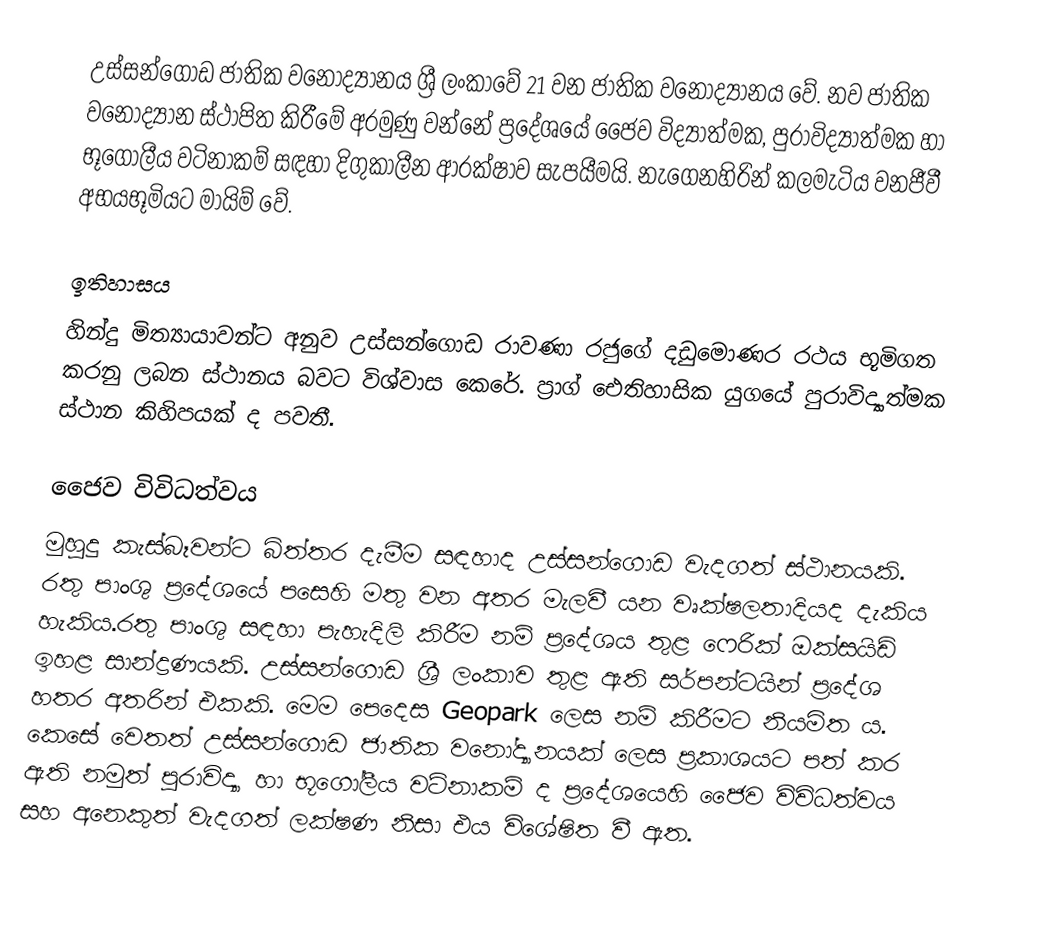
උස්සන්ගොඩ ජාතික වනෝද්‍යානය ශ්‍රී ලංකාවේ 21 වන ජාතික වනෝද්‍යානය වේ. නව ජාතික වනෝද්‍යාන ස්ථාපිත කිරීමේ අරමුණු වන්නේ ප්‍රදේශයේ ජෛව විද්‍යාත්මක, පුරාවිද්‍යාත්මක හා භූගෝලීය වටිනාකම් සඳහා දිගුකාලීන ආරක්ෂාව සැපයීමයි. නැගෙනහිරින් කලමැටිය වනජීවී අභයභූමියට මායිම් වේ.

ඉතිහාසය
හින්දු මිත්‍යායාවන්ට අනුව උස්සන්ගොඩ රාවණා රජුගේ දඩුමොණර රථය භූමිගත කරනු ලබන ස්ථානය බවට විශ්වාස කෙරේ.  ප්‍රාග් ඓතිහාසික යුගයේ පුරාවිද්‍යාත්මක ස්ථාන කිහිපයක් ද පවතී.

ජෛව විවිධත්වය
මුහුදු කැස්බෑවන්ට බිත්තර දැමීම සඳහාද උස්සන්ගොඩ වැදගත් ස්ථානයකි. රතු පාංශු ප්‍රදේශයේ පසෙහි මතු වන අතර මැලවී යන වෘක්ෂලතාදියද දැකිය හැකිය.රතු පාංශු සඳහා පැහැදිලි කිරීම නම් ප්‍රදේශය තුළ ෆෙරික් ඔක්සයිඩ් ඉහළ සාන්ද්‍රණයකි. උස්සන්ගොඩ ශ්‍රී ලංකාව තුළ ඇති සර්පන්ටයින් ප්‍රදේශ  හතර අතරින් එකකි. මෙම පෙදෙස Geopark ලෙස නම් කිරීමට නියමිත ය. කෙසේ වෙතත් උස්සන්ගොඩ ජාතික වනෝද්‍යානයක් ලෙස ප්‍රකාශයට පත් කර ඇති නමුත් පුරාවිද්‍යා හා භූගෝලීය වටිනාකම් ද ප්‍රදේශයෙහි ජෛව විවිධත්වය සහ අනෙකුත් වැදගත් ලක්ෂණ නිසා එය විශේෂිත වී ඇත.